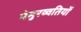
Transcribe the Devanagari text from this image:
बेमुरव्वतियों